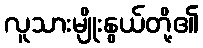
လူသားမျိုးနွယ်တို့၏